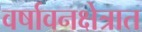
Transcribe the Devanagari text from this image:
वर्षावनक्षेत्रात